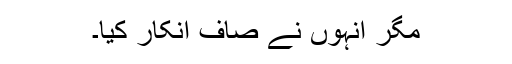
مگر انہوں نے صاف انکار کیا۔